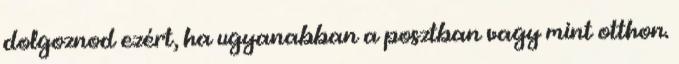
dolgoznod ezért, ha ugyanabban a posztban vagy mint otthon.